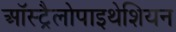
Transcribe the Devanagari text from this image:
ऑस्ट्रैलोपाइथेशियन